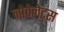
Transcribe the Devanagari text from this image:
नोवेलेट्स